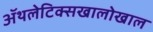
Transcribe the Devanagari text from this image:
ॲथलेटिक्सखालोखाल